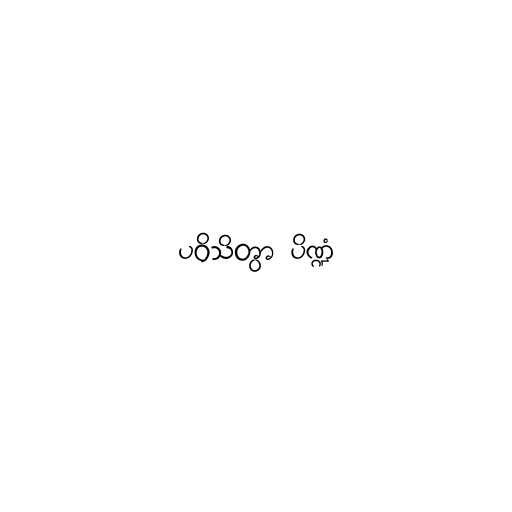
ပဝိသိတွာ ပိဏ္ဍံ